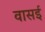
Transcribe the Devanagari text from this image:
वासई